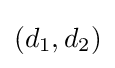
(d_{1},d_{2})